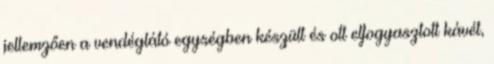
jellemzően a vendéglátó egységben készült és ott elfogyasztott kávét,